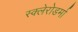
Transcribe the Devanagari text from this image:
स्क्‍लेरोडर्मा